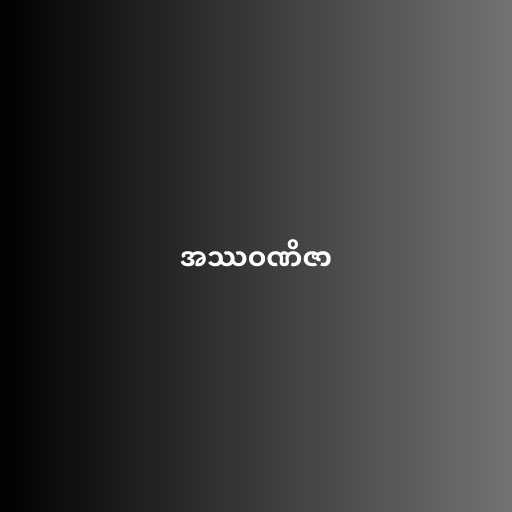
အဿဝဏိဇာ